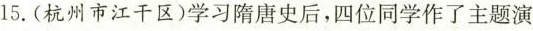
15. (杭州市江干区)学习隋唐史后，四位同学作了主题演